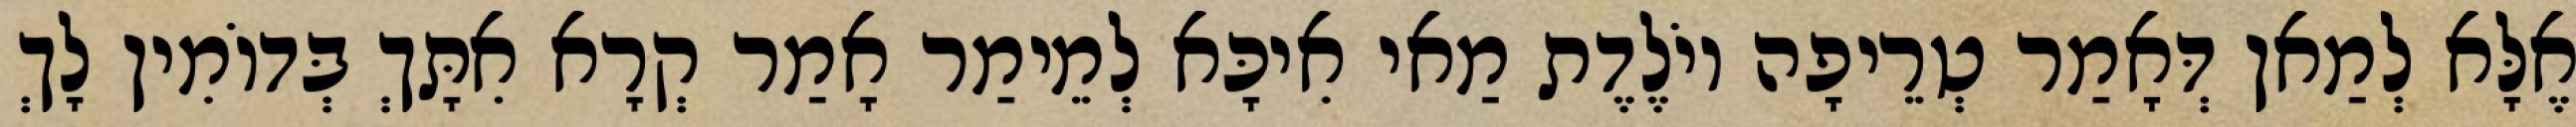
אֶלָּא לְמַאן דְּאָמַר טְרֵיפָה יוֹלֶדֶת מַאי אִיכָּא לְמֵימַר אָמַר קְרָא אִתָּךְ בְּדוֹמִין לָךְ